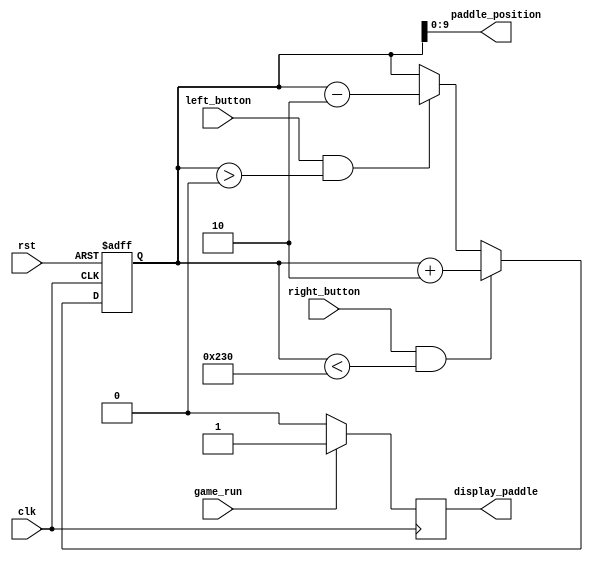
module paddle(  
  input wire clk,              
  input wire rst, 
  input wire game_run,  
  input wire left_button,      
  input wire right_button,
  output wire [9:0] paddle_position, 
  output reg display_paddle 
);

  parameter HEIGHT = 16;
  parameter WIDTH = 80;          
  parameter MAX_POS = 640-WIDTH;     

  reg [WIDTH-1:0] position;

  always @(posedge clk or posedge rst) begin
    if (rst) begin
      position <= (MAX_POS-WIDTH) / 2; // Initial position at the center
    end else begin
      if (left_button && (position > 0)) begin
        position <= position - 2; // Move left
      end
      if (right_button && (position < MAX_POS)) begin
        position <= position + 2; // Move right
      end
    end
  end

  assign paddle_position = position;
  
always @(posedge clk)
begin
    if (game_run)
      display_paddle <= 1'b1;
    else
      display_paddle <= 1'b0;
end


endmodule